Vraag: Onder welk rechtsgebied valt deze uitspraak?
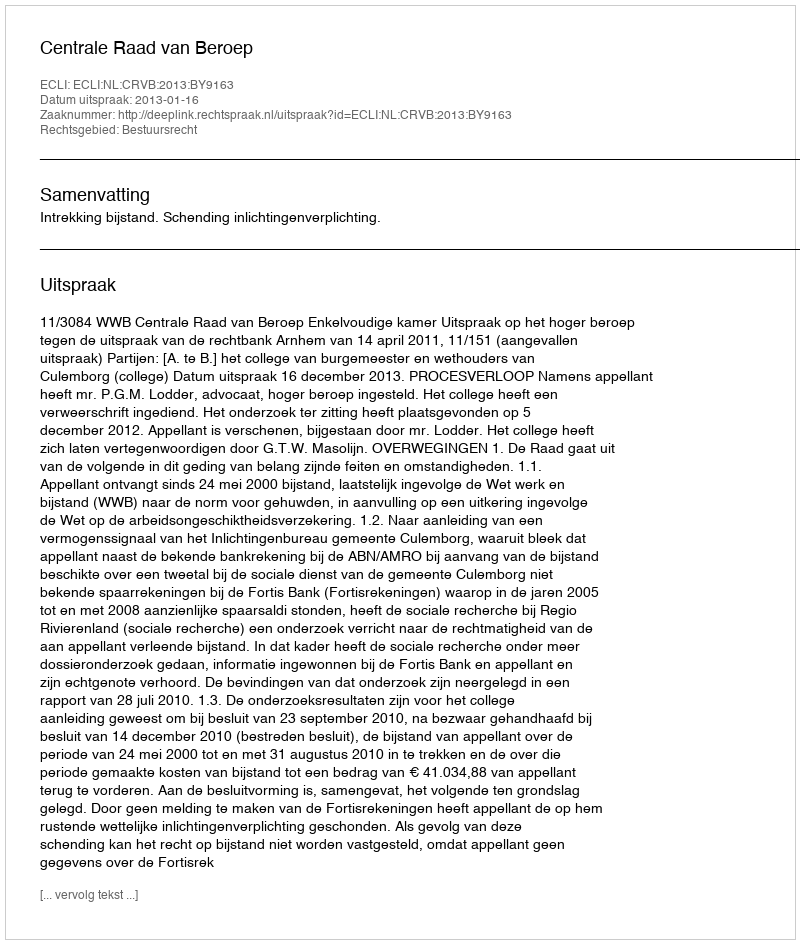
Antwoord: Bestuursrecht